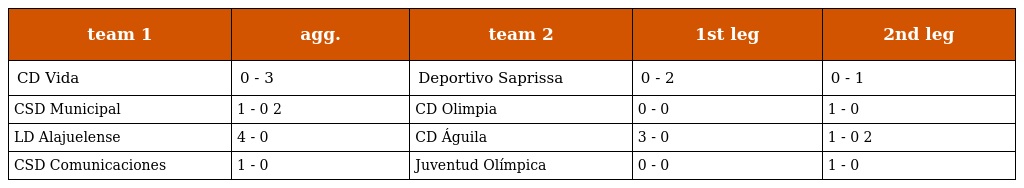
| team 1 | agg. | team 2 | 1st leg | 2nd leg |
 | --- | --- | --- | --- | --- |
 | CD Vida | 0 - 3 | Deportivo Saprissa | 0 - 2 | 0 - 1 |
 | CSD Municipal | 1 - 0 2 | CD Olimpia | 0 - 0 | 1 - 0 |
 | LD Alajuelense | 4 - 0 | CD Águila | 3 - 0 | 1 - 0 2 |
 | CSD Comunicaciones | 1 - 0 | Juventud Olímpica | 0 - 0 | 1 - 0 |